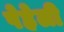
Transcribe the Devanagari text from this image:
पेहेली